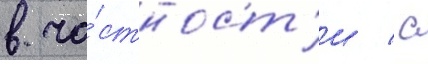
в ча́стност'и / с